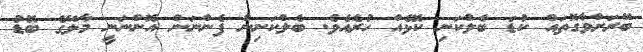
ބޭރަށްވާގޮތައް ކުޑަ ބެލްކަނި ކޮޅެއް ހުރެއެވެ. ބެލްކަނިން ފެންނަން އޮންނަނީ މާލޭގެ ބޮޑު